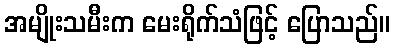
အမျိုးသမီးက မေးရိုက်သံဖြင့် ပြောသည်။